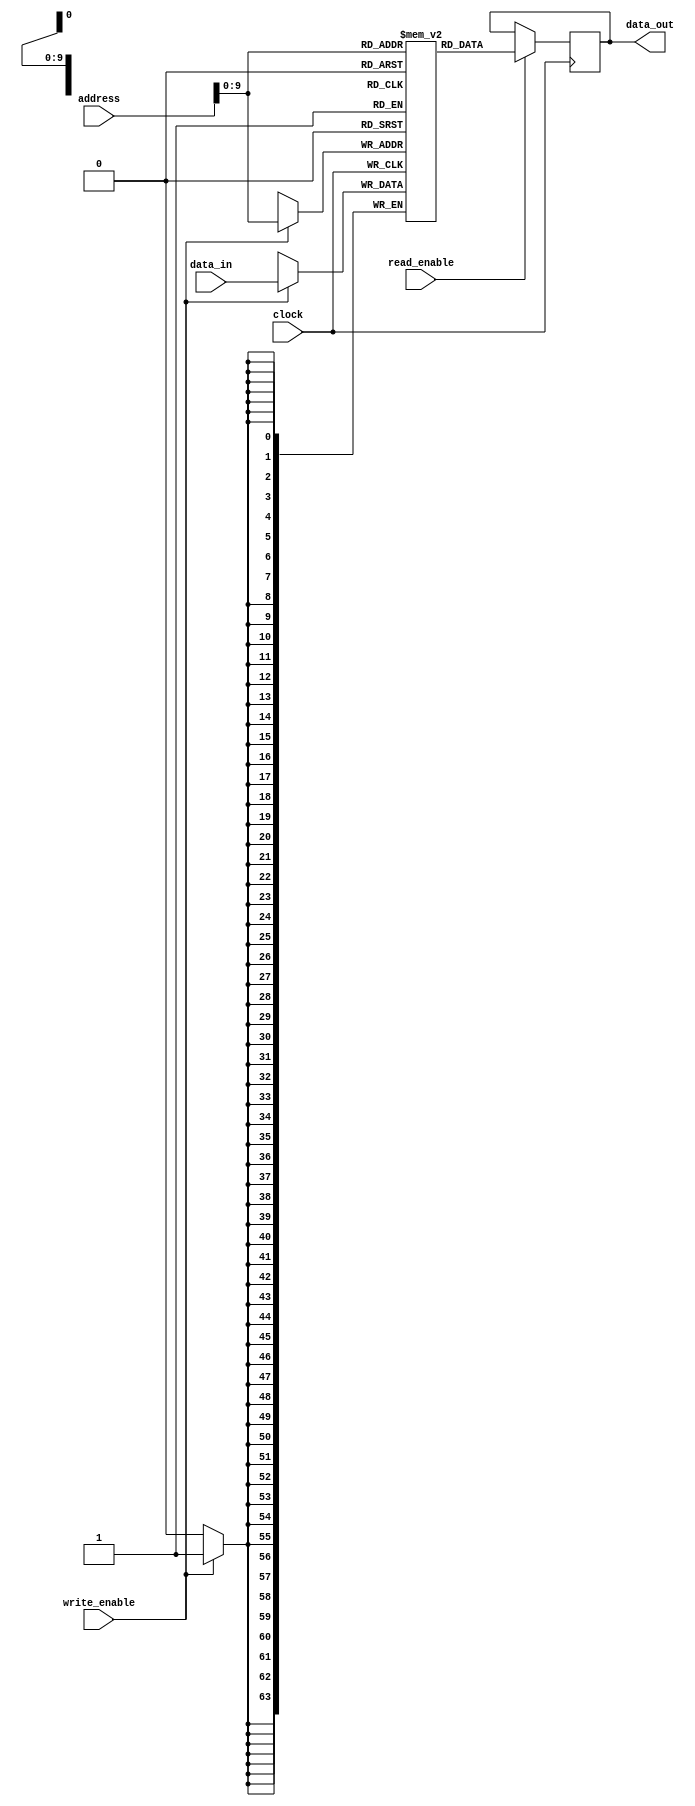
module MemoryBlock_HBM (
    input wire [31:0] address,
    input wire [63:0] data_in,
    output reg [63:0] data_out,
    input wire write_enable,
    input wire read_enable,
    input wire clock
);

parameter MEM_BLOCK_SIZE = 64; // Memory block size in bits

reg [63:0] memory [1023:0]; // 1024 memory blocks

always @ (posedge clock) begin
    if (write_enable) begin
        memory[address] <= data_in;
    end
    
    if (read_enable) begin
        data_out <= memory[address];
    end
end

endmodule